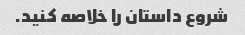
شروع داستان را خلاصه کنید.